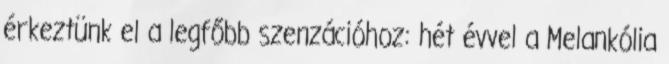
érkeztünk el a legfőbb szenzációhoz: hét évvel a Melankólia